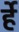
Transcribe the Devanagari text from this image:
र्हे